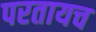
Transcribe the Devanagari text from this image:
परतायच